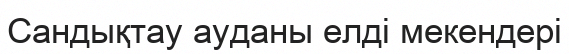
Сандықтау ауданы елді мекендері